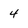
Character: 4